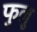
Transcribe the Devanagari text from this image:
फुलु